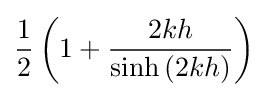
{\frac {1}{2}}\left(1+{\frac {2kh}{\sinh \left(2kh\right)}}\right)